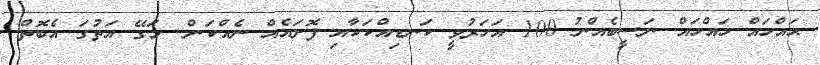
ޙައްހައް ހައްހައް...ނަސީބެއްނު 100 އަހަރުވީ ކަނޑިއްކަކާއި ފޮށައެއް ނެއްކަން.. މަގޭ އަތުގަ އެބޮތް